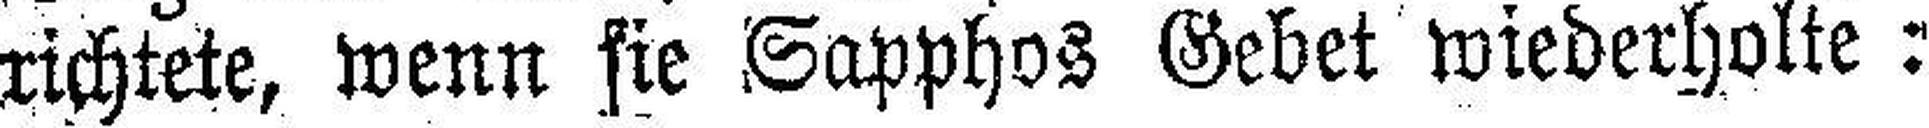
richtete, wenn sie Sapphos Gebet wiederholte: